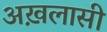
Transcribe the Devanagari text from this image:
अख़लासी